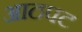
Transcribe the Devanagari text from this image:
आठपट